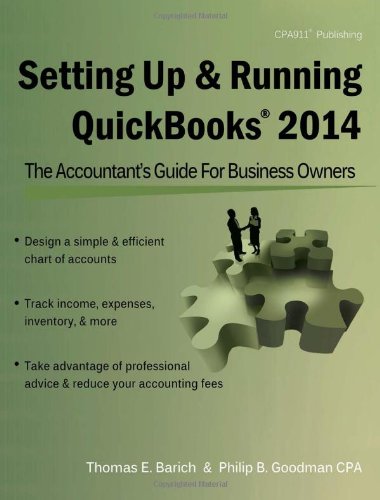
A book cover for Setting Up & Running QuickBooks 2014: The AccountantEEs Guide for Business Owners; Thomas E. Barich; Computers & Technology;